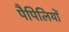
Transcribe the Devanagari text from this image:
पैपिलियों